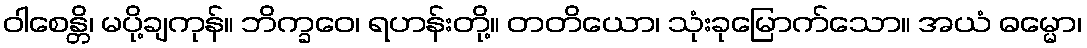
ဝါစေန္တိ၊ မပို့ချကုန်။ ဘိက္ခဝေ၊ ရဟန်းတို့။ တတိယော၊ သုံးခုမြောက်သော။ အယံ ဓမ္မော၊